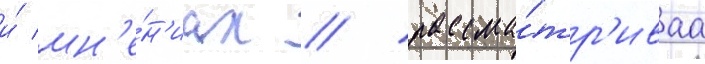
и́ мн'е́н'иах / рассма́тр'иваа